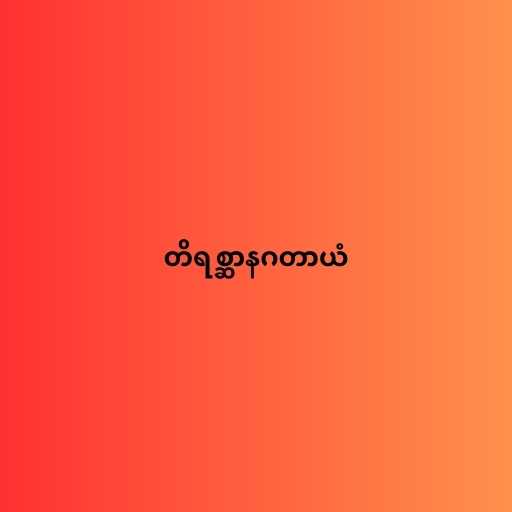
တိရစ္ဆာနဂတာယံ